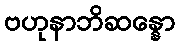
ဗဟုနာဘိဆန္နော